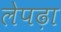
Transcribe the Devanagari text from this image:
लेपढ़ा